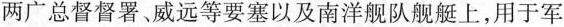
两广总督督署、威远等要塞以及南洋舰队舰艇上，用于军